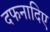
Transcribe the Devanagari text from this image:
दफनादिए